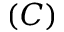
( C )